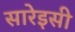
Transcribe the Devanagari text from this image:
सारेइसी